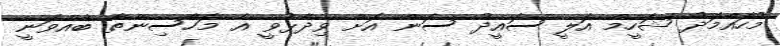
މުހައްމަދު ޝަހީމް އަލީ ސައީދު ސަން އަށް ވިދާޅުވީ އެ މަހާސިންތާ ބާއްވަނީ